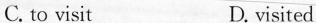
C. to visit D. visited